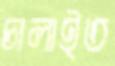
চালাইত